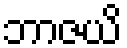
ဘာဇယိ